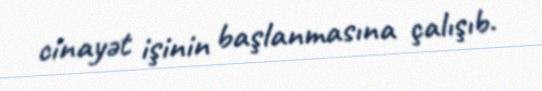
cinayət işinin başlanmasına çalışıb.